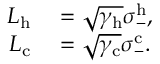
\begin{array} { r l } { L _ { \mathrm { h } } } & { { } = \sqrt { \gamma _ { \mathrm { h } } } \sigma _ { - } ^ { \mathrm { h } } , } \\ { L _ { \mathrm { c } } } & { { } = \sqrt { \gamma _ { \mathrm { c } } } \sigma _ { - } ^ { \mathrm { c } } . } \end{array}